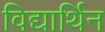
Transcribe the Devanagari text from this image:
विद्यार्थिन